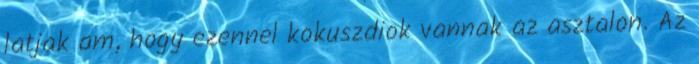
latjak am, hogy ezennel kokuszdiok vannak az asztalon. Az